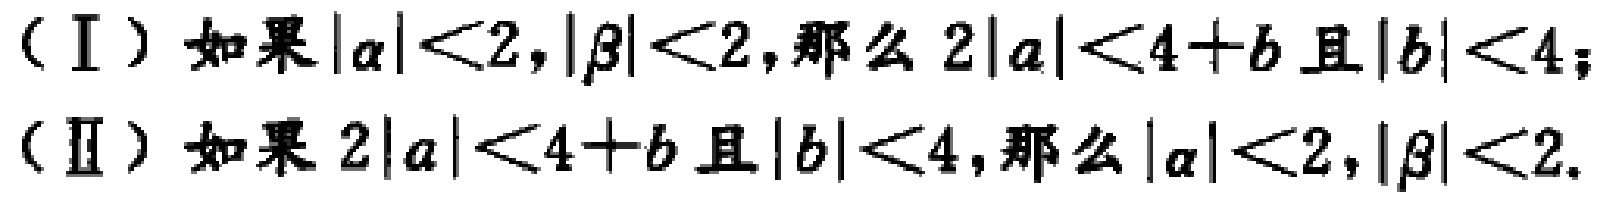
（I）如果\(\vert\alpha\vert < 2,\vert\beta\vert < 2\)，那么\(2\vert a\vert < 4 + b\)且\(\vert b\vert < 4\)；

（II）如果\(2\vert a\vert < 4 + b\)且\(\vert b\vert < 4\)，那么\(\vert\alpha\vert < 2,\vert\beta\vert < 2\)。